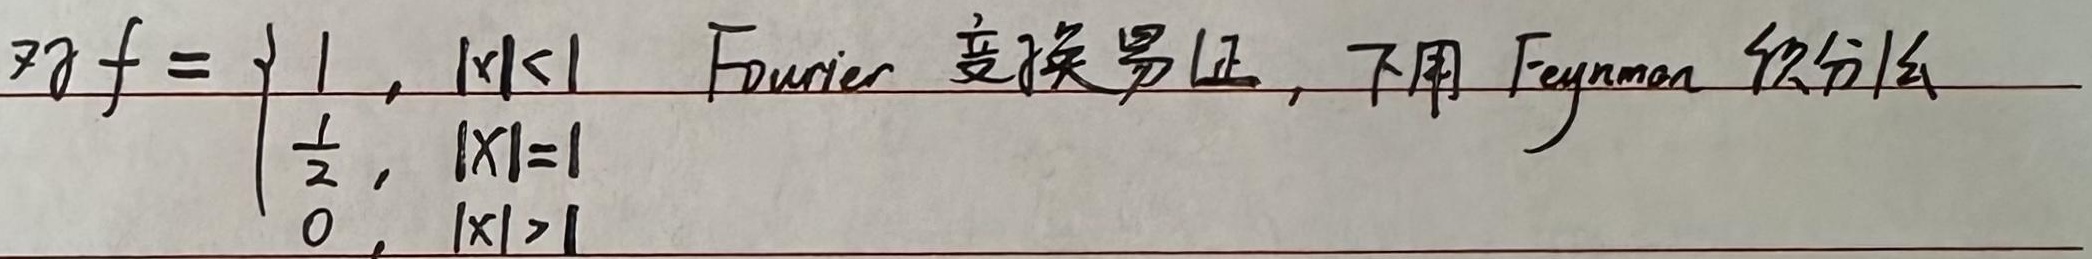
对 \( f = \begin{cases}1, & |x| < 1 \\ \frac{1}{2}, & |x| = 1 \\ 0, & |x| > 1\end{cases}\)，Fourier变换易证，下用Feynman积分法。